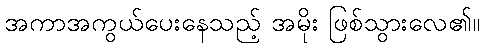
အကာအကွယ်ပေးနေသည့် အမိုး ဖြစ်သွားလေ၏။